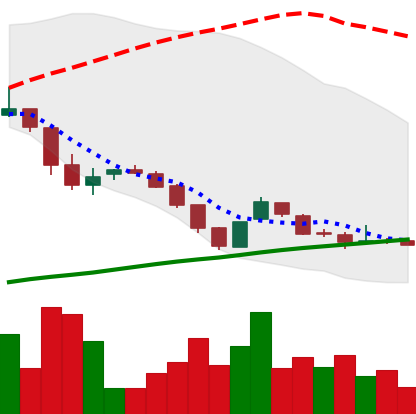
Ticker: DOGE-USD
Chart end date: 2018-11-03
Forward return: -9.349%
Label: down_7plus